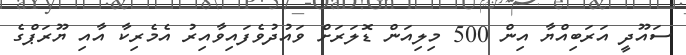
ސައޫދީ އަރަބިއްޔާ އިން 500 މިލިއަން ޑޮލަރަށް ވައުދުވެފައިވާއިރު އެމެރިކާ އާއި ޔޫރަޕްގެ